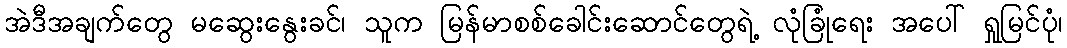
အဲဒီအချက်တွေ မဆွေးနွေးခင်၊ သူက မြန်မာစစ်ခေါင်းဆောင်တွေရဲ့ လုံခြုံရေး အပေါ် ရှုမြင်ပုံ၊